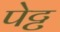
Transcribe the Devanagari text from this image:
पेट्ट